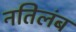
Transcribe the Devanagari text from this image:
नतिलंब